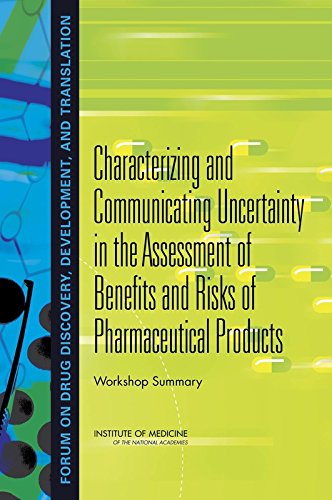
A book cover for Characterizing and Communicating Uncertainty in the Assessment of Benefits and Risks of Pharmaceutical Products:: Workshop Summary; Development, and Translation Forum on Drug Discovery; Business & Money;